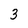
Character: 3